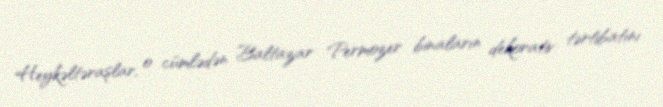
Heykəltəraşlar, o cümlədən Baltazar Permozer binaların dekorativ tərtibatını